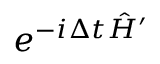
e ^ { - i \Delta t \hat { H } ^ { \prime } }